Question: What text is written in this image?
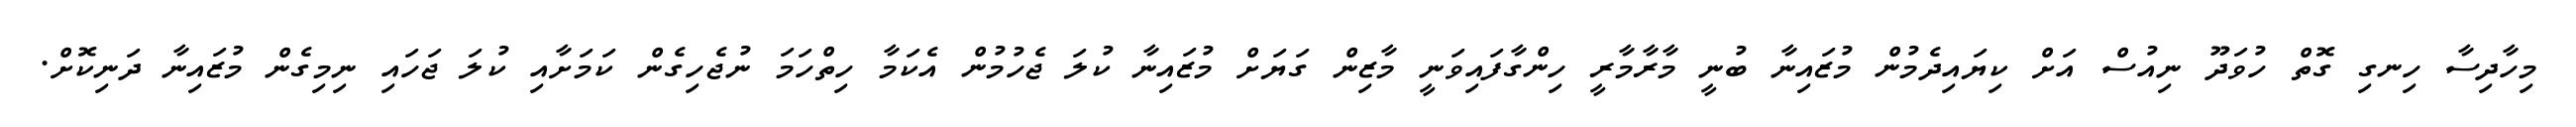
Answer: މިހާދިސާ ހިނގި ގޮތް ހުވަދޫ ނިއުސް އަށް ކިޔައިދެމުން މުޒައިނާ ބުނީ މާރާމާރީ ހިންގާފައިވަނީ މާޒިން ގަޔަށް މުޒައިނާ ކުލަ ޖެހުމުން އެކަމާ ހިތްހަމަ ނުޖެހިގެން ކަމަށާއި ކުލަ ޖަހައި ނިމިގެން މުޒައިނާ ދަނިކޮށް.